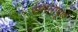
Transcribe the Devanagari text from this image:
समतापूर्ण